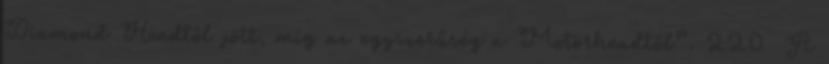
Diamond Headtől jött, míg az egyszerűség a Motörheadtől”. 220 A